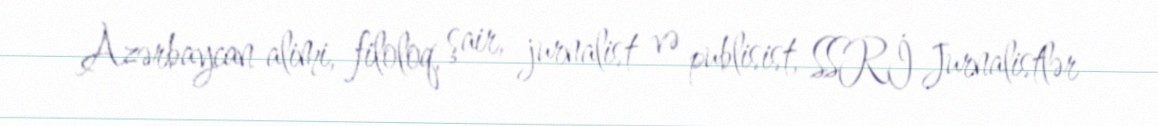
Azərbaycan alimi, filoloq, şair, jurnalist və publisist, SSRİ Jurnalistlər